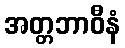
အတ္တဘာဝီနံ